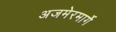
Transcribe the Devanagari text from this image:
अजमेरमार्गे